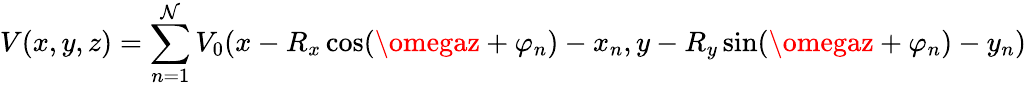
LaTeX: V(x,y,z)=\sum_{n=1}^{\mathcal{N}}V_{0}(x-R_{x}\cos(\omegaz+\varphi_{n})-x_{n},y-R_{y}\sin(\omegaz+\varphi_{n})-y_{n})